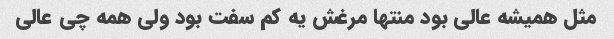
مثل همیشه عالی بود منتها مرغش یه کم سفت بود ولی همه چی عالی